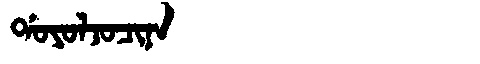
Manchu: ᡩᠣᠶᠣᠯᠵᠣᠴᡳᠨᠠ
Romanization: DOYOLJOCINA